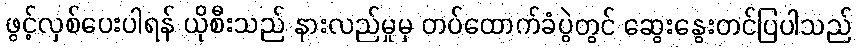
ဖွင့်လှစ်ပေးပါရန် ယိုစီးသည် နားလည်မှုမှ တပ်ထောက်ခံပွဲတွင် ဆွေးနွေးတင်ပြပါသည်